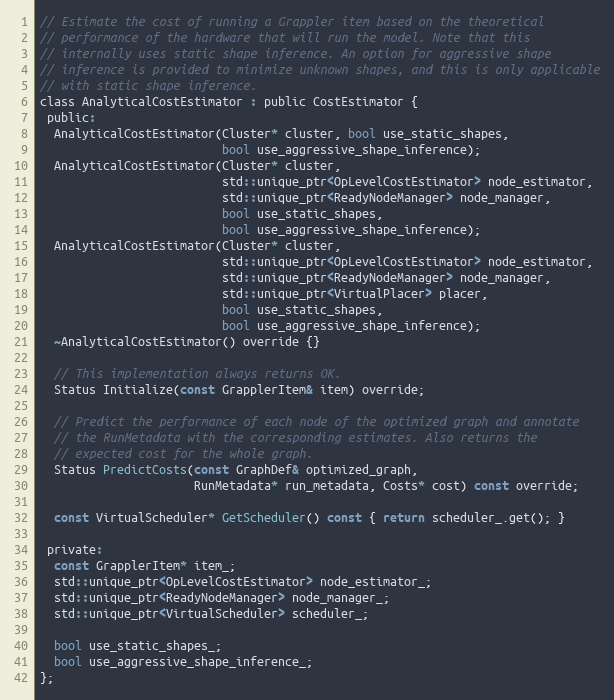
Language: C
// Estimate the cost of running a Grappler item based on the theoretical
// performance of the hardware that will run the model. Note that this
// internally uses static shape inference. An option for aggressive shape
// inference is provided to minimize unknown shapes, and this is only applicable
// with static shape inference.
class AnalyticalCostEstimator : public CostEstimator {
 public:
  AnalyticalCostEstimator(Cluster* cluster, bool use_static_shapes,
                          bool use_aggressive_shape_inference);
  AnalyticalCostEstimator(Cluster* cluster,
                          std::unique_ptr<OpLevelCostEstimator> node_estimator,
                          std::unique_ptr<ReadyNodeManager> node_manager,
                          bool use_static_shapes,
                          bool use_aggressive_shape_inference);
  AnalyticalCostEstimator(Cluster* cluster,
                          std::unique_ptr<OpLevelCostEstimator> node_estimator,
                          std::unique_ptr<ReadyNodeManager> node_manager,
                          std::unique_ptr<VirtualPlacer> placer,
                          bool use_static_shapes,
                          bool use_aggressive_shape_inference);
  ~AnalyticalCostEstimator() override {}

  // This implementation always returns OK.
  Status Initialize(const GrapplerItem& item) override;

  // Predict the performance of each node of the optimized graph and annotate
  // the RunMetadata with the corresponding estimates. Also returns the
  // expected cost for the whole graph.
  Status PredictCosts(const GraphDef& optimized_graph,
                      RunMetadata* run_metadata, Costs* cost) const override;

  const VirtualScheduler* GetScheduler() const { return scheduler_.get(); }

 private:
  const GrapplerItem* item_;
  std::unique_ptr<OpLevelCostEstimator> node_estimator_;
  std::unique_ptr<ReadyNodeManager> node_manager_;
  std::unique_ptr<VirtualScheduler> scheduler_;

  bool use_static_shapes_;
  bool use_aggressive_shape_inference_;
};